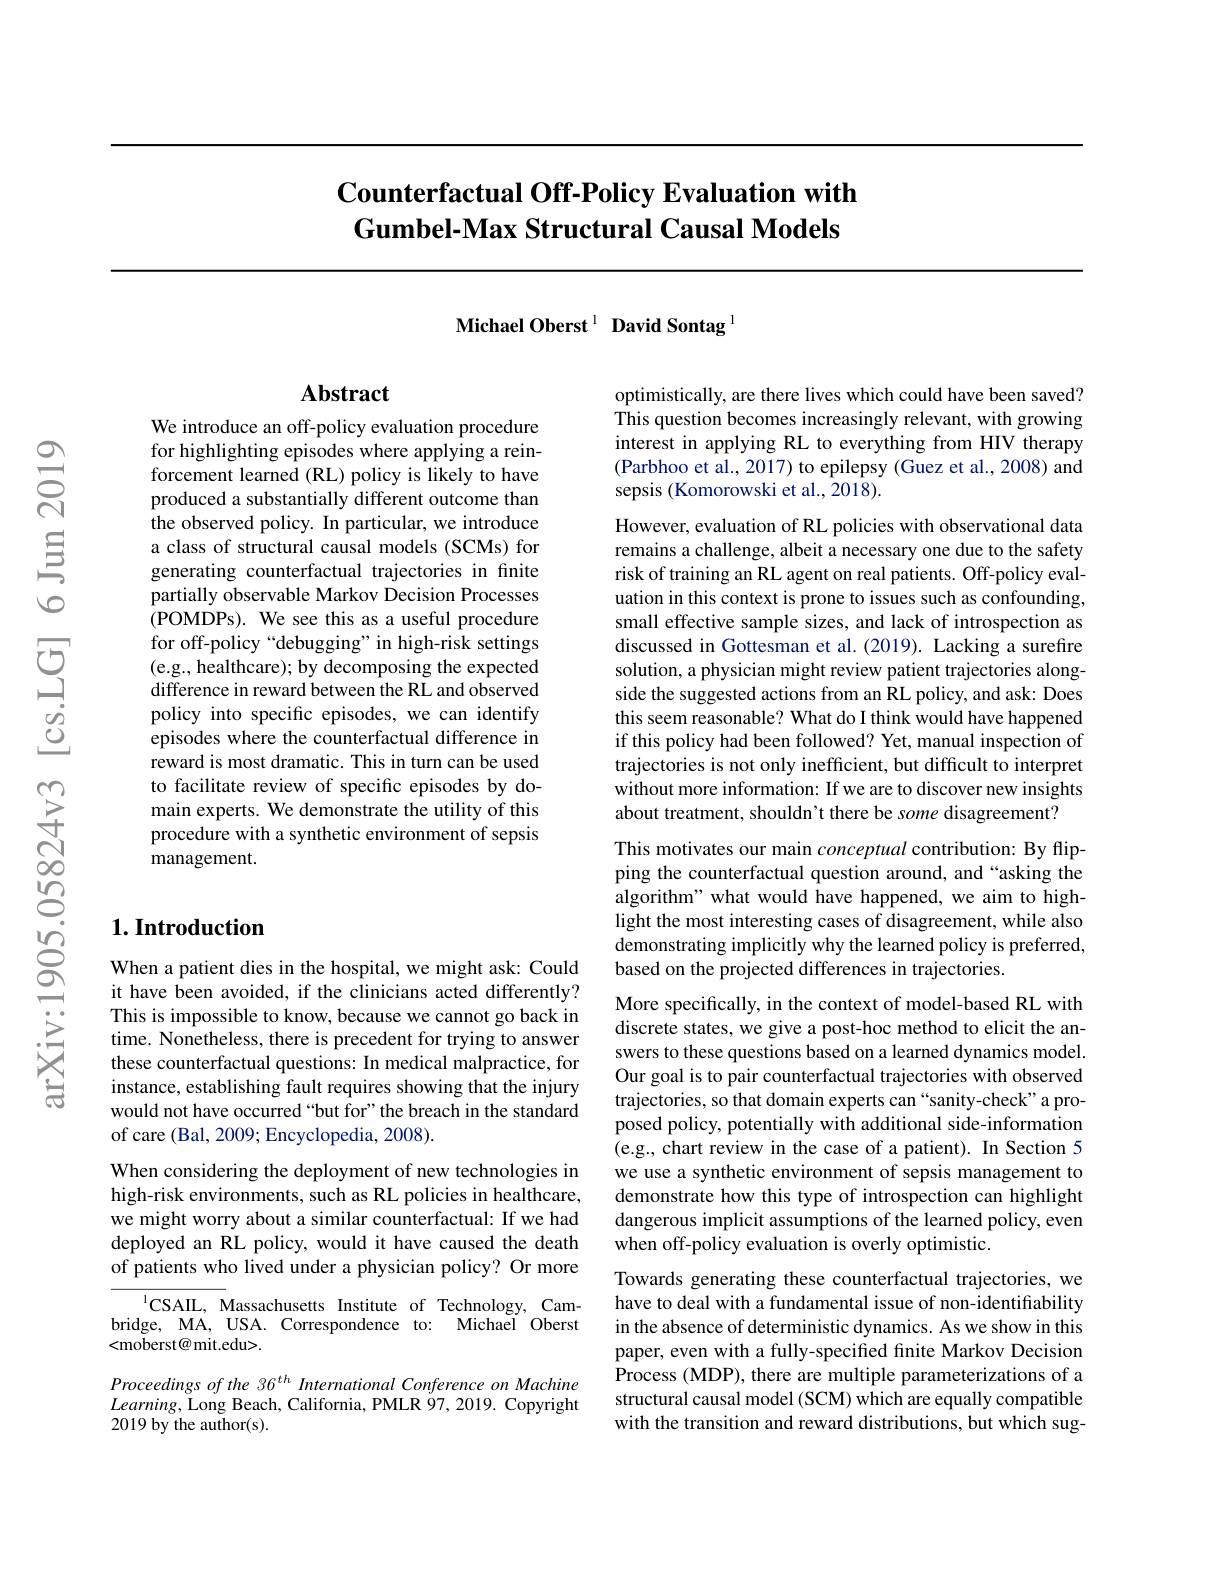
## $\textbf{Counterfactual Off- Policy Evaluation with}$ Gumbel-Max Structural Causal Models

Michael Oberst $^{1}$ David Sontag l

## Abstract

We introduce an off-policy evaluation procedure for highlighting episodes where applying a reinforcement learned (RL) policy is likely to have produced a substantially different outcome than the observed policy. In particular, we introduce a class of structural causal models (SCMs) for generating counterfactual trajectories in finite partially observable Markov Decision Processes (POMDPs). We see this as a useful procedure for off-policy “debugging”in high-risk settings (e.g., healthcare); by decomposing the expected difference in reward between the RL and observed policy into specific episodes, we can identify episodes where the counterfactual difference in reward is most dramatic. This in turn can be used to facilitate review of specific episodes by domain experts. We demonstrate the utility of this procedure with a synthetic environment of sepsis management.

## $1. \textbf{Introduction}$

When a patient dies in the hospital, we might ask: Could it have been avoided, if the clinicians acted differently? This is impossible to know, because we cannot go back in time. Nonetheless, there is precedent for trying to answer these counterfactual questions: In medical malpractice, for instance, establishing fault requires showing that the injury would not have occurred “but for”the breach in the standard of care (Bal, 2009; Encyclopedia, 2008).

When considering the deployment of new technologies in high-risk environments, such as RL policies in healthcare, we might worry about a similar counterfactual: If we had deployed an RL policy, would it have caused the death of patients who lived under a physician policy? Or more

${^{1}\mathrm{CSAIL,~Massachusetts~Institute~of~Technology,~Cam-}}$ bridge, MA, USA. Correspondence to: Michael Oberst <moberst@ mit.edu>.

Proceedings of the 36$^{th}$ International Conference on Machine $Learning$,Long Beach, California, PMLR 97, 2019. Copyright 2019 by the author(s).

optimistically, are there lives which could have been saved? This question becomes increasingly relevant, with growing interest in applying RL to everything from HIV therapy (Parbhoo et al., 2017) to epilepsy (Guez et al., 2008) and sepsis (Komorowski et al., 2018).

However, evaluation of RL policies with observational data remains a challenge, albeit a necessary one due to the safety risk of training an RL agent on real patients. Off-policy evaluation in this context is prone to issues such as confounding, small effective sample sizes, and lack of introspection as discussed in Gottesman et al.(2019). Lacking a surefire solution, a physician might review patient trajectories alongside the suggested actions from an RL policy, and ask: Does this seem reasonable? What do I think would have happened if this policy had been followed? Yet, manual inspection of trajectories is not only inefficient, but difficult to interpret without more information: If we are to discover new insights about treatment, shouldn't there be some disagreement?

This motivates our main conceptual contribution: By flipping the counterfactual question around, and “asking the algorithm" what would have happened, we aim to highlight the most interesting cases of disagreement, while also demonstrating implicitly why the learned policy is preferred, based on the projected differences in trajectories.

More specifically, in the context of model-based RL with discrete states, we give a post-hoc method to elicit the answers to these questions based on a learned dynamics model. Our goal is to pair counterfactual trajectories with observed trajectories, so that domain experts can “sanity-check”a proposed policy, potentially with additional side-information (e.g., chart review in the case of a patient). In Section 5 we use a synthetic environment of sepsis management to demonstrate how this type of introspection can highlight dangerous implicit assumptions of the learned policy, even when off-policy evaluation is overly optimistic.

Towards generating these counterfactual trajectories, we have to deal with a fundamental issue of non-identiffability in the absence of deterministic dynamics. As we show in this paper, even with a fully-specified finite Markov Decision Process (MDP), there are multiple parameterizations of a structural causal model (SCM) which are equally compatible with the transition and reward distributions, but which sug-